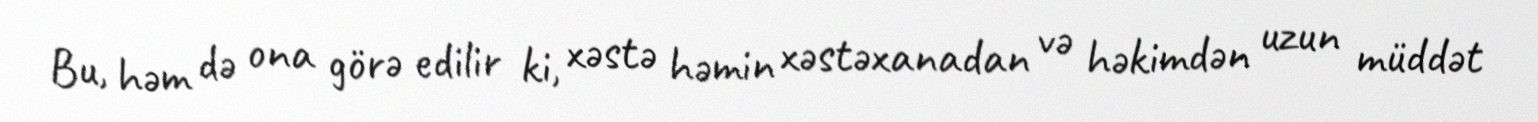
Bu, həm də ona görə edilir ki, xəstə həmin xəstəxanadan və həkimdən uzun müddət